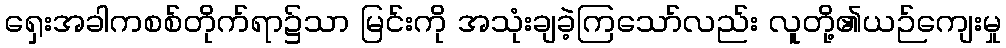
ရှေးအခါကစစ်တိုက်ရာ၌သာ မြင်းကို အသုံးချခဲ့ကြသော်လည်း လူတို့၏ယဉ်ကျေးမှု